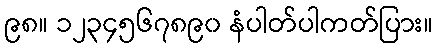
၉၈။ ၁၂၃၄၅၆၇၈၉၀ နံပါတ်ပါကတ်ပြား။